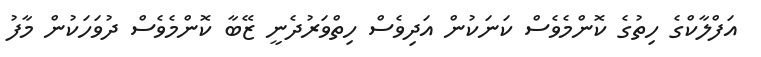
އަފްލާކްގެ ހިތުގެ ކޮންމެވެސް ކަނަކުން އަދިވެސް ހިތްވަރުދެނީ ޒޭބާ ކޮންމެވެސް ދުވަހަކުން މާފު